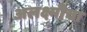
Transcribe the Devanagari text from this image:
अलक्ष्मीचा